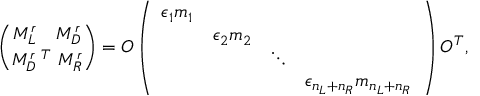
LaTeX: { \binom { M _ { L } ^ { r } \ \ \ M _ { D } ^ { r } } { M _ { D } ^ { r \ T } \ M _ { R } ^ { r } } } = O \left( \begin{array} { c c c c } { { \epsilon _ { 1 } m _ { 1 } } } & { { } } & { { } } & { { } } \\ { { } } & { { \epsilon _ { 2 } m _ { 2 } } } & { { } } & { { } } \\ { { } } & { { } } & { { \ddots } } & { { } } \\ { { } } & { { } } & { { } } & { { \epsilon _ { n _ { L } + n _ { R } } m _ { n _ { L } + n _ { R } } } } \end{array} \right) O ^ { T } ,